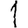
Digit: 1